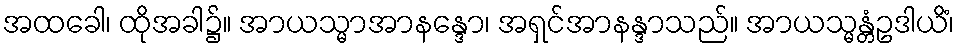
အထခေါ၊ ထိုအခါ၌။ အာယသ္မာအာနန္ဒော၊ အရှင်အာနန္ဒာသည်။ အာယသ္မန္တံဥဒါယိံ၊